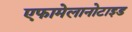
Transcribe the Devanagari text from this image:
एफामेलानोटाइड